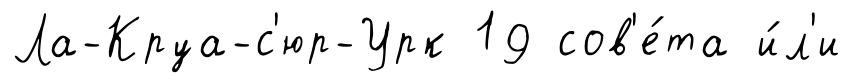
Ла-Круа-с'юр-Урк 19 сов'е́та и́л'и